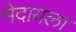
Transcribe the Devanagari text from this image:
भेदायला